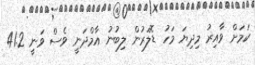
ކަމަށް ވާއިރު މިދިޔަ މަހު ޑޮލަރުން ލިބުނު އާމްދަނީ ވެސް ވަނީ 41.2